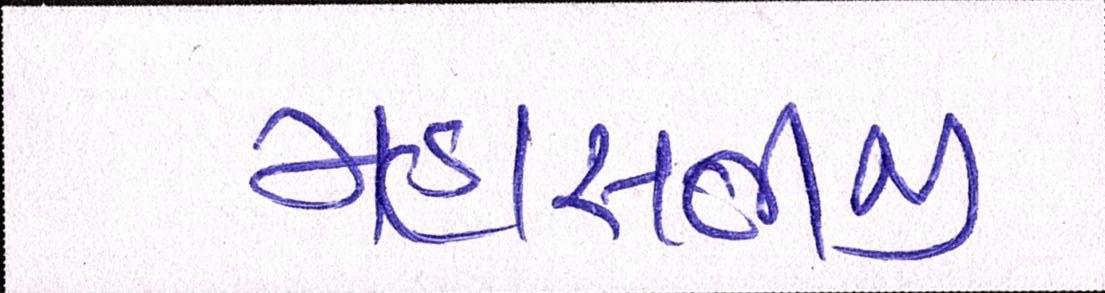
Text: મહાસતીજી